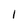
Character: 1